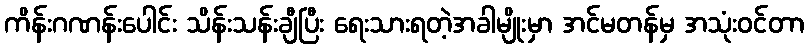
ကိန်းဂဏန်းပေါင်း သိန်းသန်းချီပြီး ရေးသားရတဲ့အခါမျိုးမှာ အင်မတန်မှ အသုံးဝင်တာ